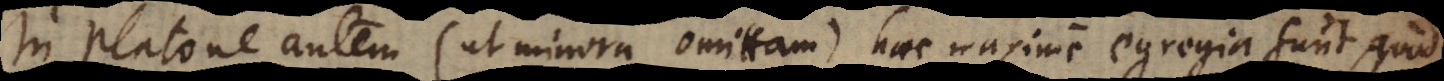
In Platone autem (ut minora omittam) haec maxime egregia sunt, quod